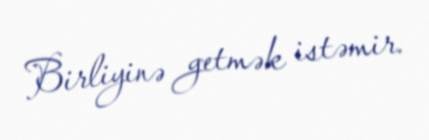
Birliyinə getmək istəmir.